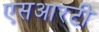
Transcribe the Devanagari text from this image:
एसआरटी